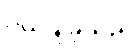
ပယ်ချခဲ့သည်